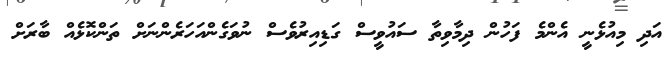
އަދި މިއުޅެނީ އެންމެ ފަހުން ދިމާވިތާ ސައުވީސް ގަޑިއިރުވެސް ނުވަގެންއަހަރެންނަށް ތަންކޮޅެއް ބާރަށް